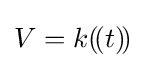
V=k(\!(t)\!)